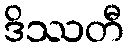
ဒိဿတီ